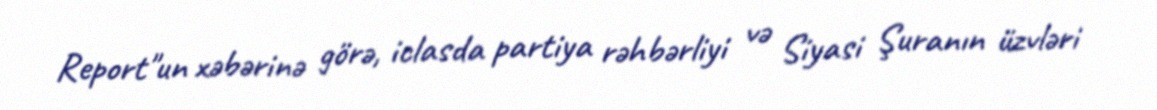
Report"un xəbərinə görə, iclasda partiya rəhbərliyi və Siyasi Şuranın üzvləri